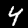
Digit: 4